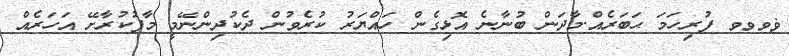
ޥވވވ ފުރިހަމަ ޙަބަރެއް.މާދަން ބުނާނެ އޮޅިގެން ހައްޔަރު ކުރެވުން ދެކުދިންނޭމީ މާފުކުރާށޭ އަހަރެއް